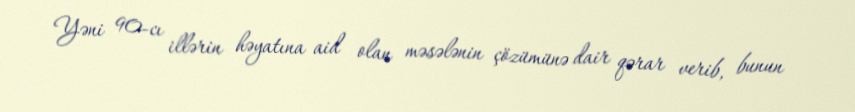
Yəni 90-cı illərin həyatına aid olan məsələnin çözümünə dair qərar verib, bunun